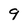
Character: 9